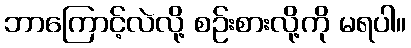
ဘာကြောင့်လဲလို့ စဉ်းစားလို့ကို မရပါ။